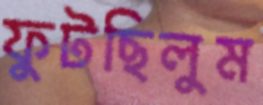
ফুটছিলুম